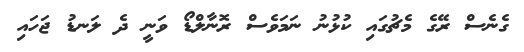
ގެނެސް ރޭގެ މެޗުގައި ކުޅުނު ނަމަވެސް ރޮނާލްޑޯ ވަނީ ދެ ލަނޑު ޖަހައި